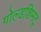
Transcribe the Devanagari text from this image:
गोल्डशिमट्